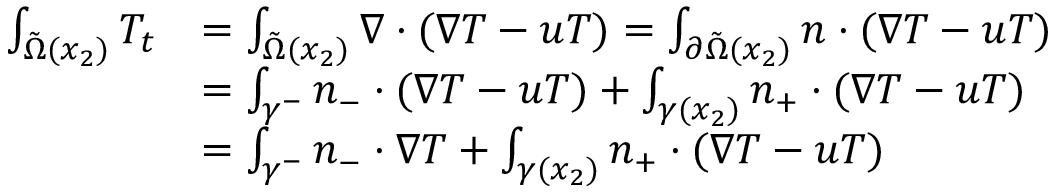
\begin{array} { r l } { \int _ { \tilde { \Omega } ( x _ { 2 } ) } T _ { t } } & { = \int _ { \tilde { \Omega } ( x _ { 2 } ) } \nabla \cdot ( \nabla T - u T ) = \int _ { \partial \tilde { \Omega } ( x _ { 2 } ) } n \cdot ( \nabla T - u T ) } \\ & { = \int _ { \gamma ^ { - } } n _ { - } \cdot ( \nabla T - u T ) + \int _ { \gamma ( x _ { 2 } ) } n _ { + } \cdot ( \nabla T - u T ) } \\ & { = \int _ { \gamma ^ { - } } n _ { - } \cdot \nabla T + \int _ { \gamma ( x _ { 2 } ) } n _ { + } \cdot ( \nabla T - u T ) } \end{array}